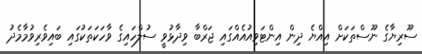
ސޫރިޔާގެ ނޫސްތަކަށް އިއްޔެ ދިން އިންޓަވިއުއެއްގައި ޖަރްބާ ވިދާޅުވީ ސުލްހައިގެ ވާހަކަތަކުގައި ބައިވެރިވުމާމެދު